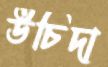
উচিদা